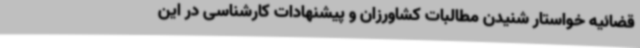
قضائیه خواستار شنیدن مطالبات کشاورزان و پیشنهادات کارشناسی در این